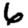
Digit: 6